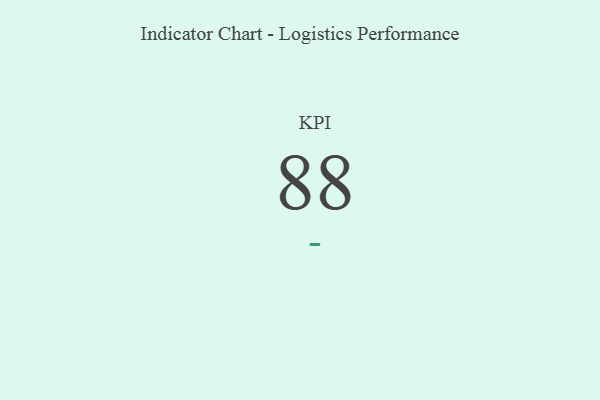
{"axis": {"x": "KPI", "y": "Value"}, "legend": [""], "data": [{"x": "KPI", "y": 88, "type": ""}]}